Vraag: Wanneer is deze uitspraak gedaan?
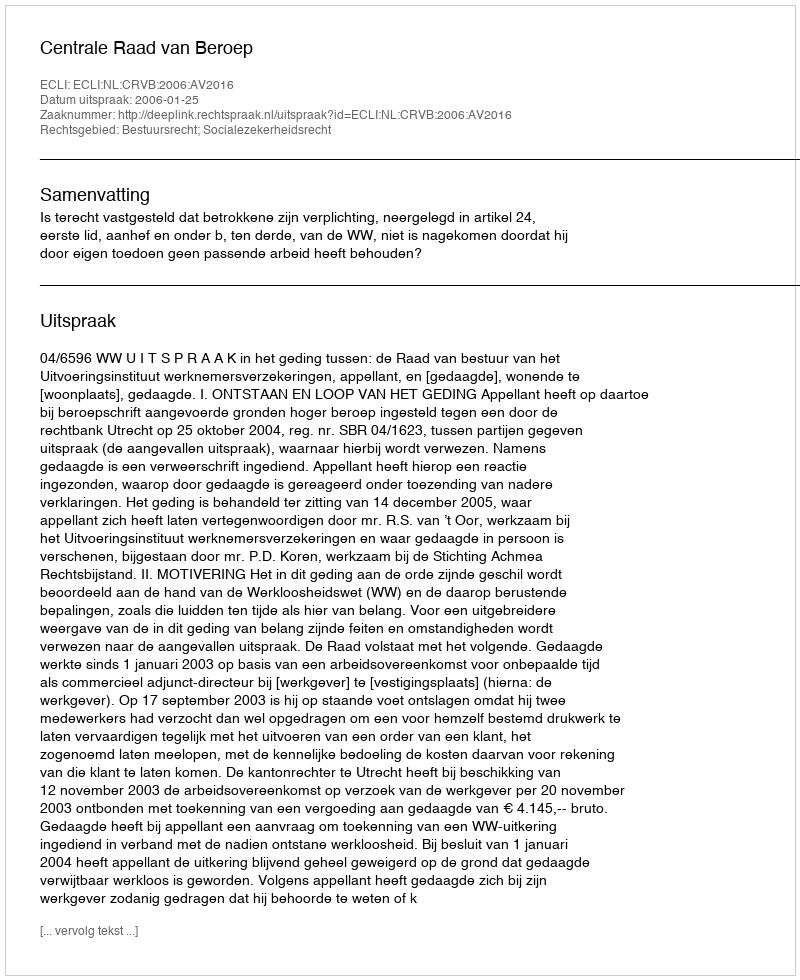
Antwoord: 2006-01-25